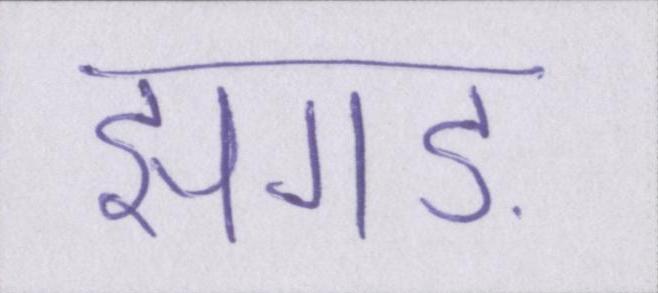
झगड़